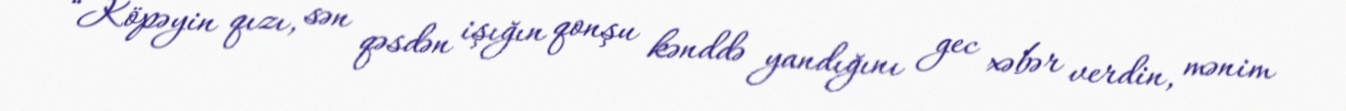
“Köpəyin qızı, sən qəsdən işığın qonşu kənddə yandığını gec xəbər verdin, mənim